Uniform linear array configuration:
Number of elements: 4
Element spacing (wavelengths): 0.5
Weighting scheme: uniform
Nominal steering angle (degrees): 60
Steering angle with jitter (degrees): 61.542
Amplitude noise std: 0.05
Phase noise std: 0.05

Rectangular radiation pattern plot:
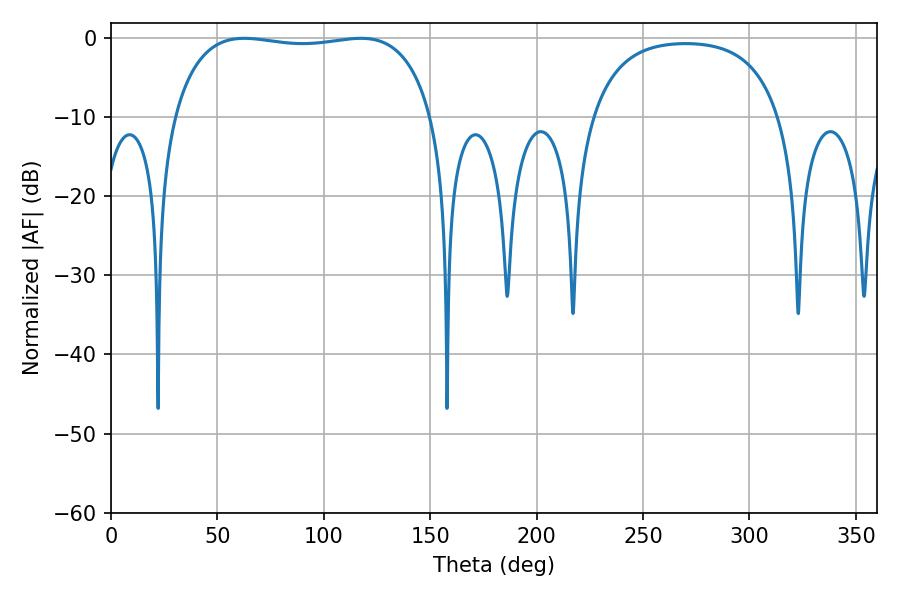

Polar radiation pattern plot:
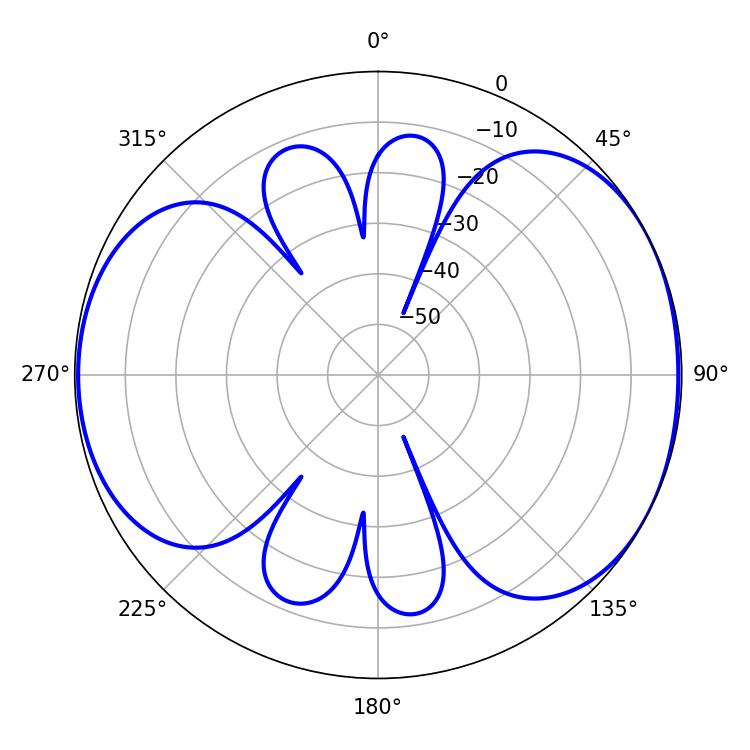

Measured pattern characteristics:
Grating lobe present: FALSE
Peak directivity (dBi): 5.487
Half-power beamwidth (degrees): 97.56
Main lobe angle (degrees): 62.64